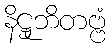
နိဋ္ဌုဘိတဗ္ဗံ